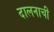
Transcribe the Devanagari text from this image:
दालनाची